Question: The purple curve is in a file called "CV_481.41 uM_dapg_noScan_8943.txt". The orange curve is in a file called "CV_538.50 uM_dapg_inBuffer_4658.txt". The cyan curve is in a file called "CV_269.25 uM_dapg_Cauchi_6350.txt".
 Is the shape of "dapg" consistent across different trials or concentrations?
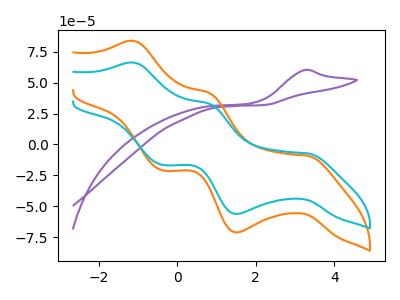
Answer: <think>The purple curve "dapg 481.41 uM" has an anodic peak at: (3.25V, 60.35uA). The orange curve "dapg 538.50 uM" has anodic peaks at (-1.10V, 83.95uA) (0.80V, 41.90uA) and cathodic peaks at (3.35V, -9.25uA) (1.50V, -71.20uA) (-0.40V, -20.90uA). The cyan curve "dapg 269.25 uM" has anodic peaks at (-1.10V, 66.35uA) (0.80V, 33.10uA) and cathodic peaks at (3.35V, -7.30uA) (1.50V, -56.25uA) (-0.40V, -16.50uA).
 "dapg 481.41 uM" and "dapg 538.50 uM" have a different number of peaks. "dapg 481.41 uM" and "dapg 269.25 uM" have a different number of peaks. All the peaks in "dapg 538.50 uM" have a peak in "dapg 269.25 uM" at the same potential. Every peak in "dapg 538.50 uM" is higher than every peak in "dapg 269.25 uM".</think>
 <answer>All the CV's of "dapg" have similar shape.</answer>
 <eval>follow_rule</eval>